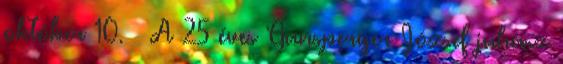
október 10. – A 25 éves Gansperger József juhász